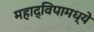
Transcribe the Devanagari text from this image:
महाद्विपामध्ये